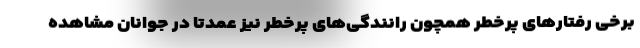
برخی رفتارهای پرخطر همچون رانندگی‌های پرخطر نیز عمدتا در جوانان مشاهده